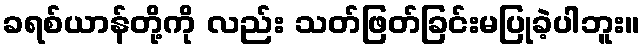
ခရစ်ယာန်တို့ကို လည်း သတ်ဖြတ်ခြင်းမပြုခဲ့ပါဘူး။